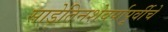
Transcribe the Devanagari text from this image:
साडेतिनशेवर्षापूर्वीचे